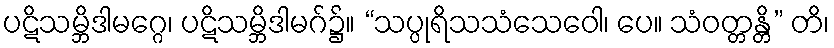
ပဋိသမ္ဘိဒါမဂ္ဂေ၊ ပဋိသမ္ဘိဒါမဂ်၌။ “သပ္ပုရိသသံသေဝေါ၊ ပေ။ သံဝတ္တန္တိ” တိ၊